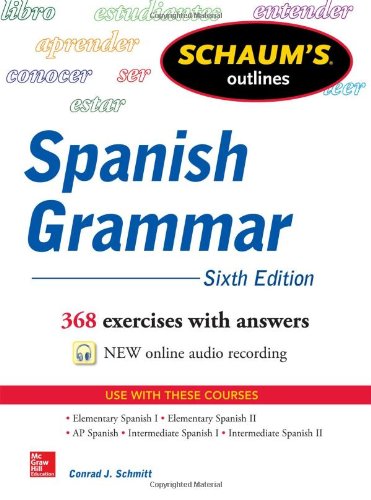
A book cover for Schaum's Outline of Spanish Grammar, 6th Edition (Schaum's Outlines); Conrad Schmitt; Reference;